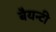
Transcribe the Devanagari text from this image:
बैयन्टी